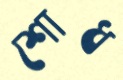
শোধ